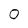
Character: 0